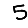
Digit: 5